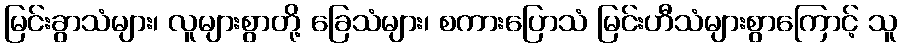
မြင်းခွာသံများ၊ လူများစွာတို့ ခြေသံများ၊ စကားပြောသံ မြင်းဟီသံများစွာကြောင့် သူ